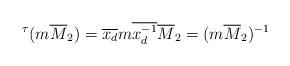
LaTeX: \begin{align*}{^{\tau}(m\overline{M}_2)}=\overline{x_d} m \overline{x_d^{-1}} \overline{M}_2 = (m\overline{M}_2)^{-1}\end{align*}